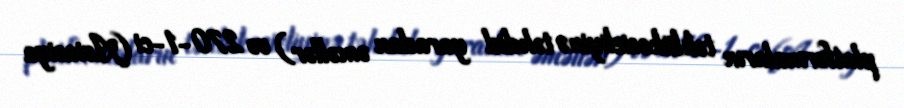
platformaların təhlükəsizliyinə təhdid yaradan əməllər) və 270-1-ci (Aviasiya